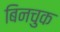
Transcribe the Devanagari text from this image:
बिनचुक